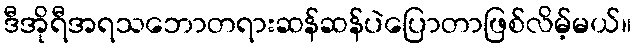
ဒီအိုရီအရသဘောတရားဆန်ဆန်ပဲပြောတာဖြစ်လိမ့်မယ်။